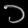
Digit: ၁